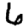
Digit: 6